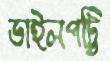
ডাইলপট্টি